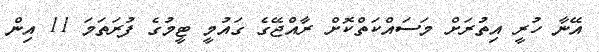
އޭނާ ހުރީ އިތުރަށް މަސައްކަތްކޮށް ރާއްޖޭގެ ގައުމީ ޓީމުގެ ފުރަތަމަ 11 އިން